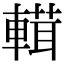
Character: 𨍷